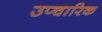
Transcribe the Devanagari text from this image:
उप्चारिक